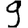
Digit: 9